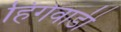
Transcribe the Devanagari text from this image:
हिंगेवाडी